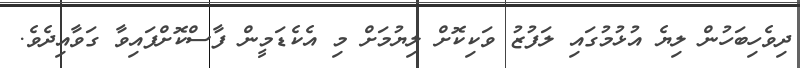
ދިވެހިބަހުން ލިޔެ އުޅުމުގައި ލަފުޒު ވަކިކޮށް ލިޔުމަށް މި އެކެޑަމީން ފާސްކޮށްފައިވާ ގަވާއިދެވެ.